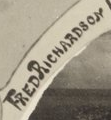
FREDRICHARDSON